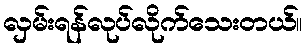
လှမ်းရန်လုပ်လိုက်သေးတယ်။